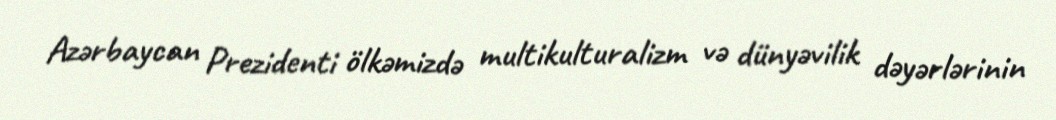
Azərbaycan Prezidenti ölkəmizdə multikulturalizm və dünyəvilik dəyərlərinin